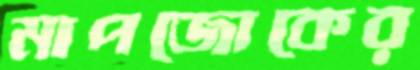
মাপজোকের